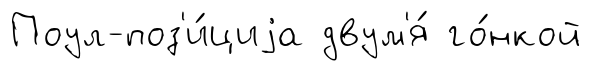
Поул-поз'и́циjа двум'я́ го́нкой